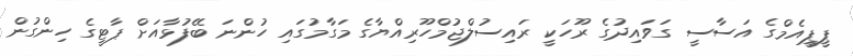
ޕީޕީއެމްގެ އަސާސީ ގަވައިދުގެ ރޫހަކީ ރައިސުލްޖުމްހޫރިއްޔާގެ މަގާމުގައި ހުންނަ ބޭފުޅާއަށް ޕާޓީގެ ހިންގުން